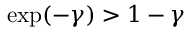
\exp ( - \gamma ) > 1 - \gamma